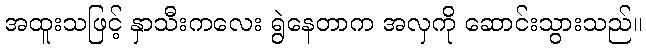
အထူးသဖြင့် နှာသီးကလေး ရွဲနေတာက အလှကို ဆောင်းသွားသည်။